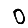
Digit: 0